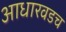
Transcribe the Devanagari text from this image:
आधारवडच